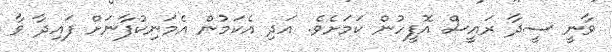
ވާނީ ސީދާ ރައީސް އޮފީހުން ކަމަށެވެ. އަދި އެކަމުން އެމަނިކުފާާނަށް ފައިދާ ވާ